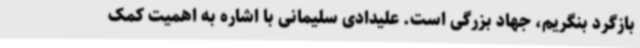
بازگرد بنگریم، جهاد بزرگی است. علیدادی سلیمانی با اشاره به اهمیت کمک